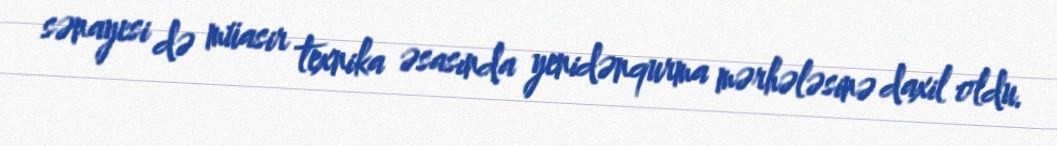
sənayesi də müasir texnika əsasında yenidənqurma mərhələsinə daxil oldu.